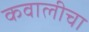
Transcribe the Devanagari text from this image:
कवालीचा